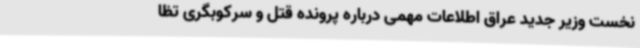
نخست وزیر جدید عراق اطلاعات مهمی درباره پرونده قتل و سرکوبگری تظا